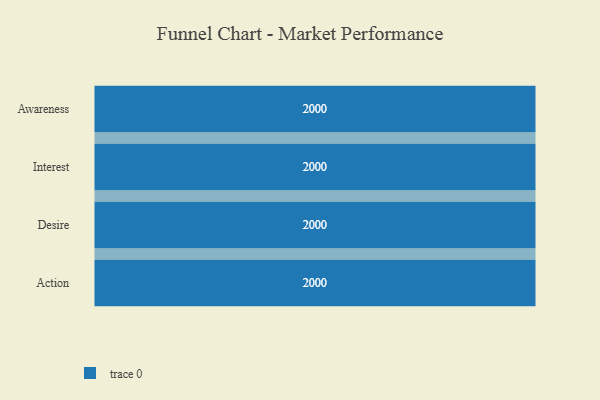
{"axis": {"x": "Stage", "y": "Value"}, "legend": [""], "data": [{"x": "Awareness", "y": 2000, "type": ""}, {"x": "Interest", "y": 2000, "type": ""}, {"x": "Desire", "y": 2000, "type": ""}, {"x": "Action", "y": 2000, "type": ""}]}